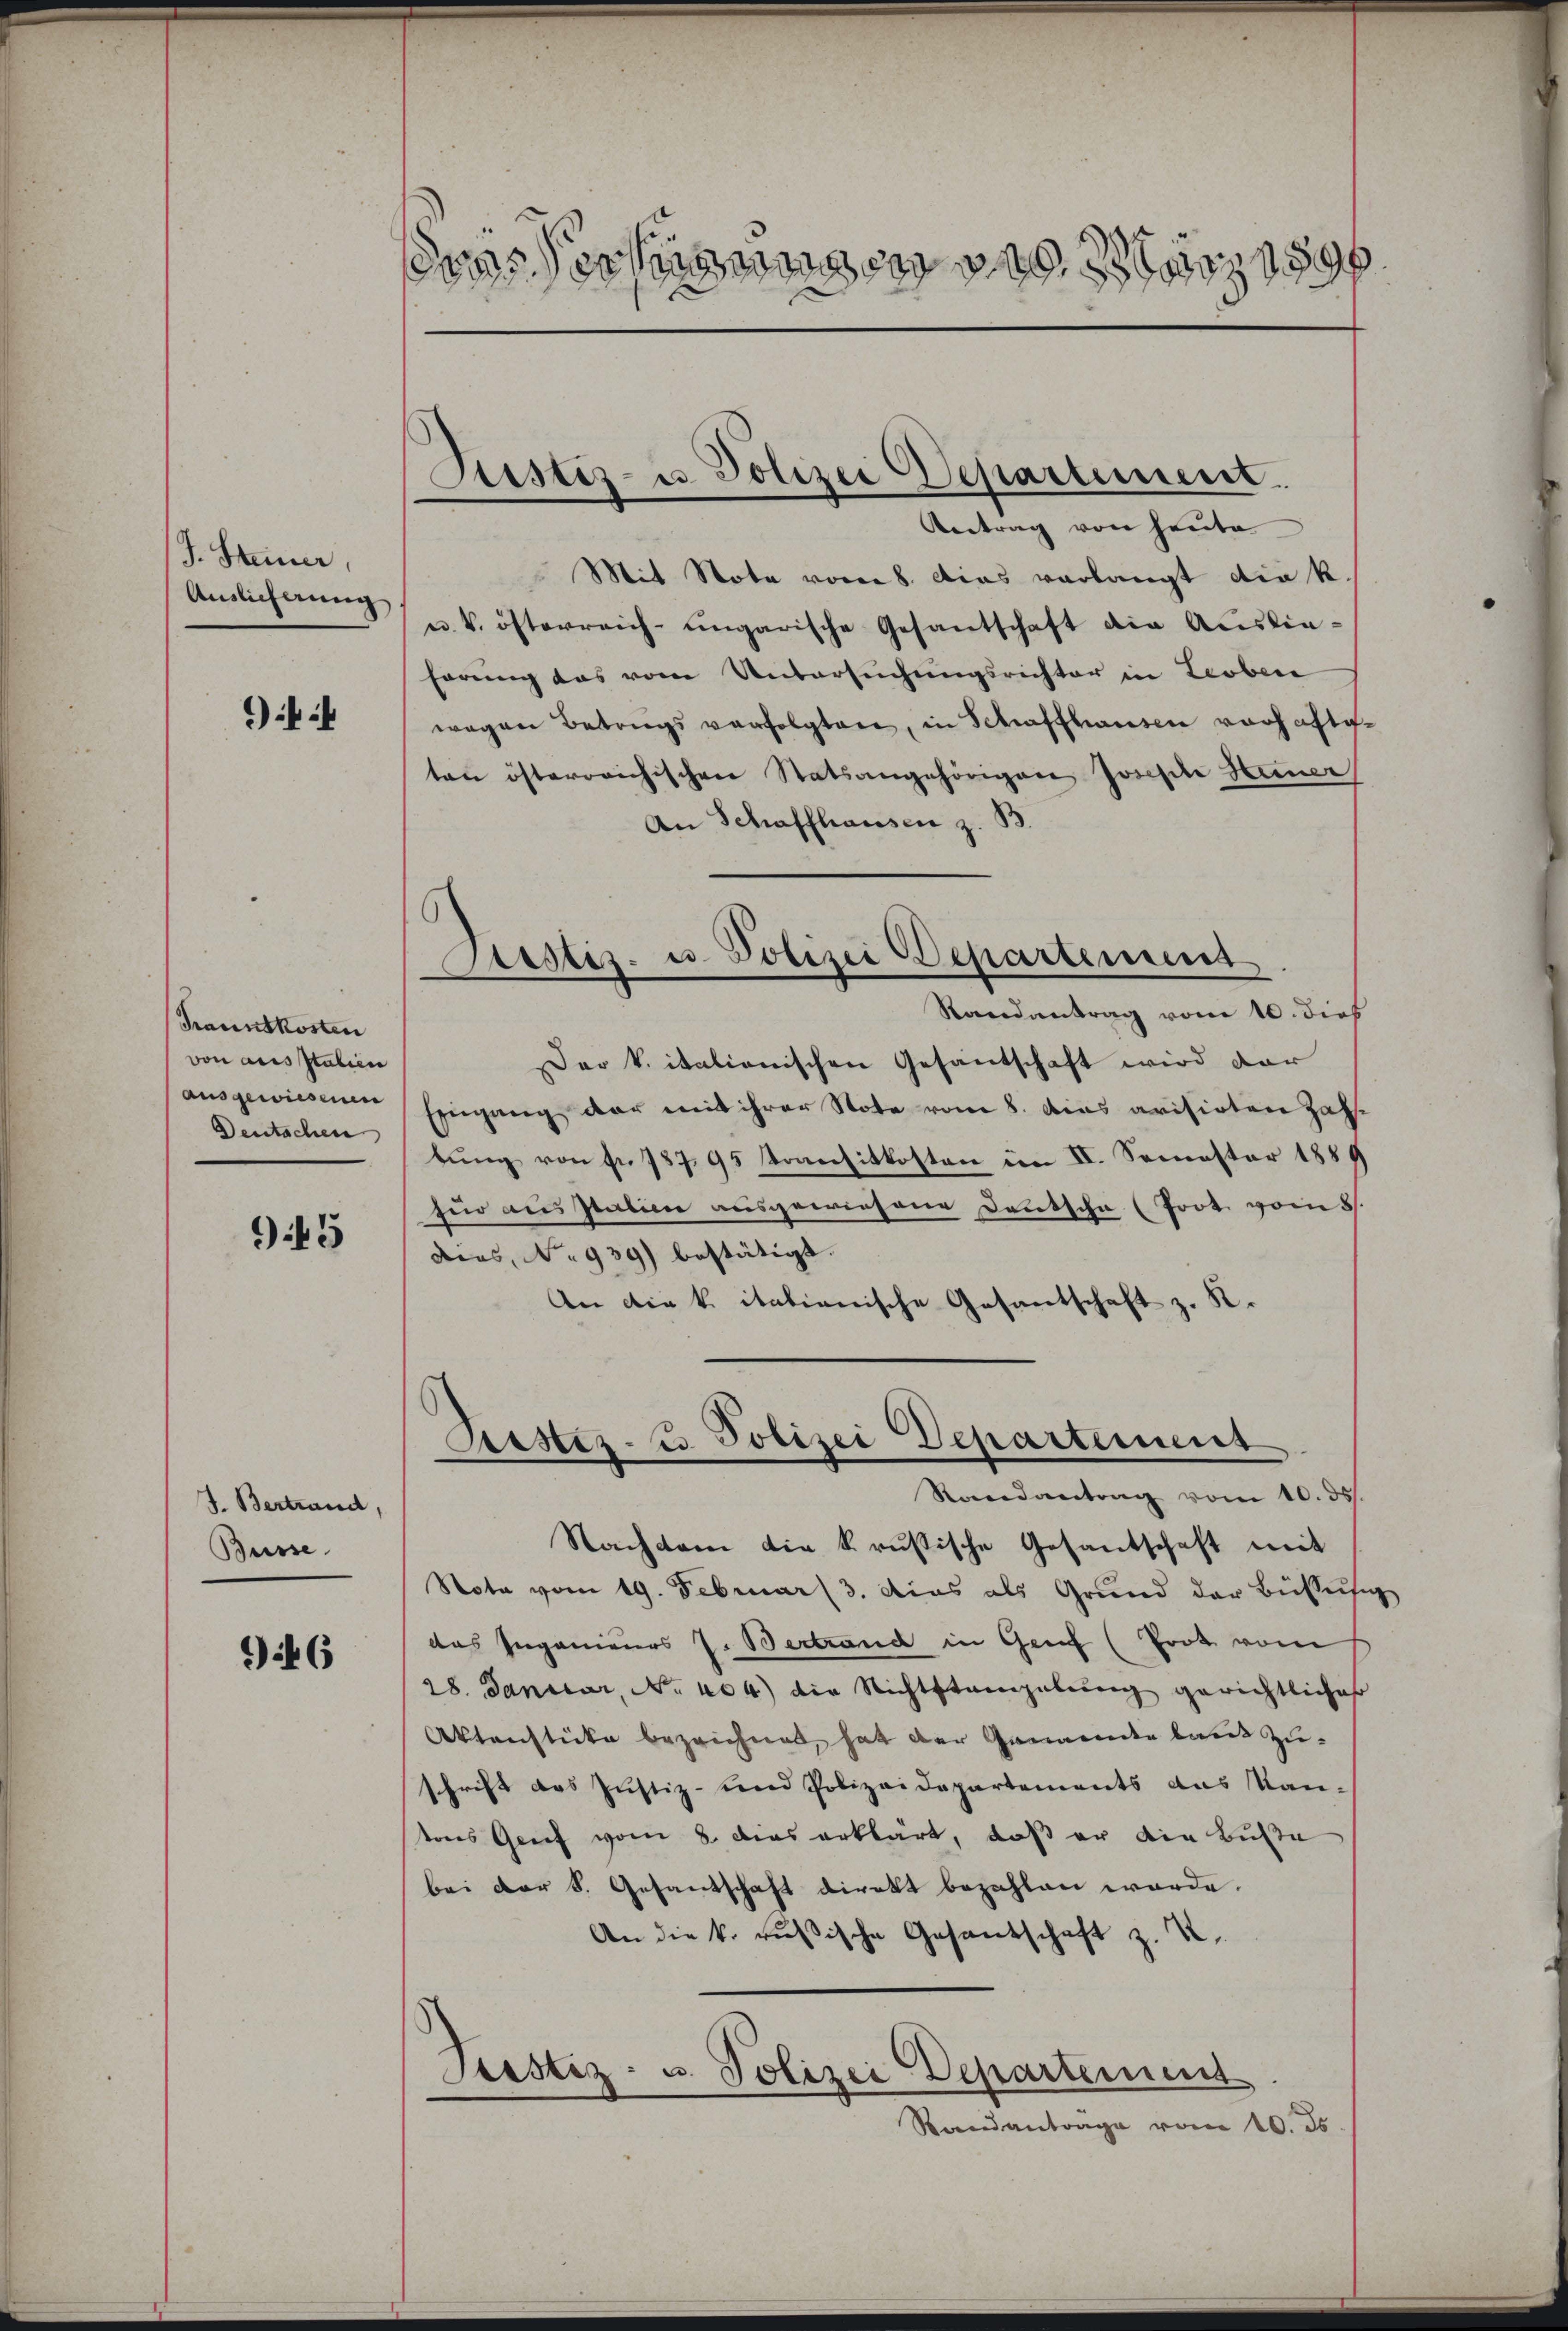
J. Steiner
Auslieferung

94

Faustkosten
von aus Italien
ausgewiesenen
Deutschen

95

J. Bertrand,
Busse

46

raschienen März 189

Justiz- u. Polizei Departement
Antrag von heute

Mit Nota vom 8. Das verlangt die k.
u. V. österreich-ungarische Gesantschaft die Ausliehörung das vom Untersŭchŭngsrichter in Leoben
wegen Betriegsverfolgten, in Schaffhausen vorhaftet.
ten österreichischen Statsangehörigen Josefile Heiner
An Schaffhausen z. B.
Randantrag vom 10. dies
Der k. italienischen Gesandtschaft wird dar
Eingang der mit ihrer Note vom 8. Das avisirten Zahl-
bung von fr. 18795 Kransitkosten im II. Semester 1884
für aus Italien ausgewiesene Deutsche (Toot vom 8
dies, No 939) bestätigt.
An die k. itationische Gesantschaft z. R.
Restes- u. Polizei Departement
Randantrag vom 10. ds
Nachdem die k. russische Gesandschaft mit
Note vom 19. Februar 3. dies als Grund der Büssus
das Ingenieurs J. Bertrand in Genf (Prot vom
28. Januar, No. 404) die Nichtstangelung gerichtliches
Aktenstücke bezeichnet, hat der Genannte baut Zuschrift das Justiz- und Polizeidepartements das Kan-
tons Graf vom 8. dies erklärt, daß er die Buße
bei der S. Gesandschaft direkt bezahlen werde.
An die k. russische Gesandschaft z. R.
Justiz- u. Polizei Departement
Randanträge vom 10. ds

Sistis. u. Polizei Departement

s